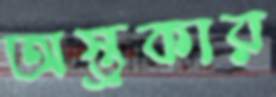
অস্ত্রকার